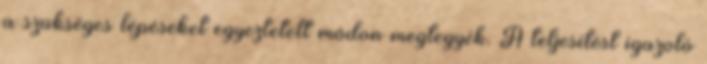
a szükséges lépéseket egyeztetett módon megtegyék. A teljesítést igazoló